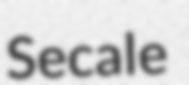
Secale